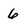
Character: 6